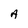
Character: A